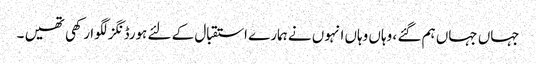
جہاں جہاں ہم گئے ، وہاں وہاں انہوں نے ہمارے استقبال کے لئے ہورڈنگز لگوا رکھی تھیں ۔